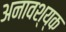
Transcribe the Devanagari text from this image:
अनावश्य्क